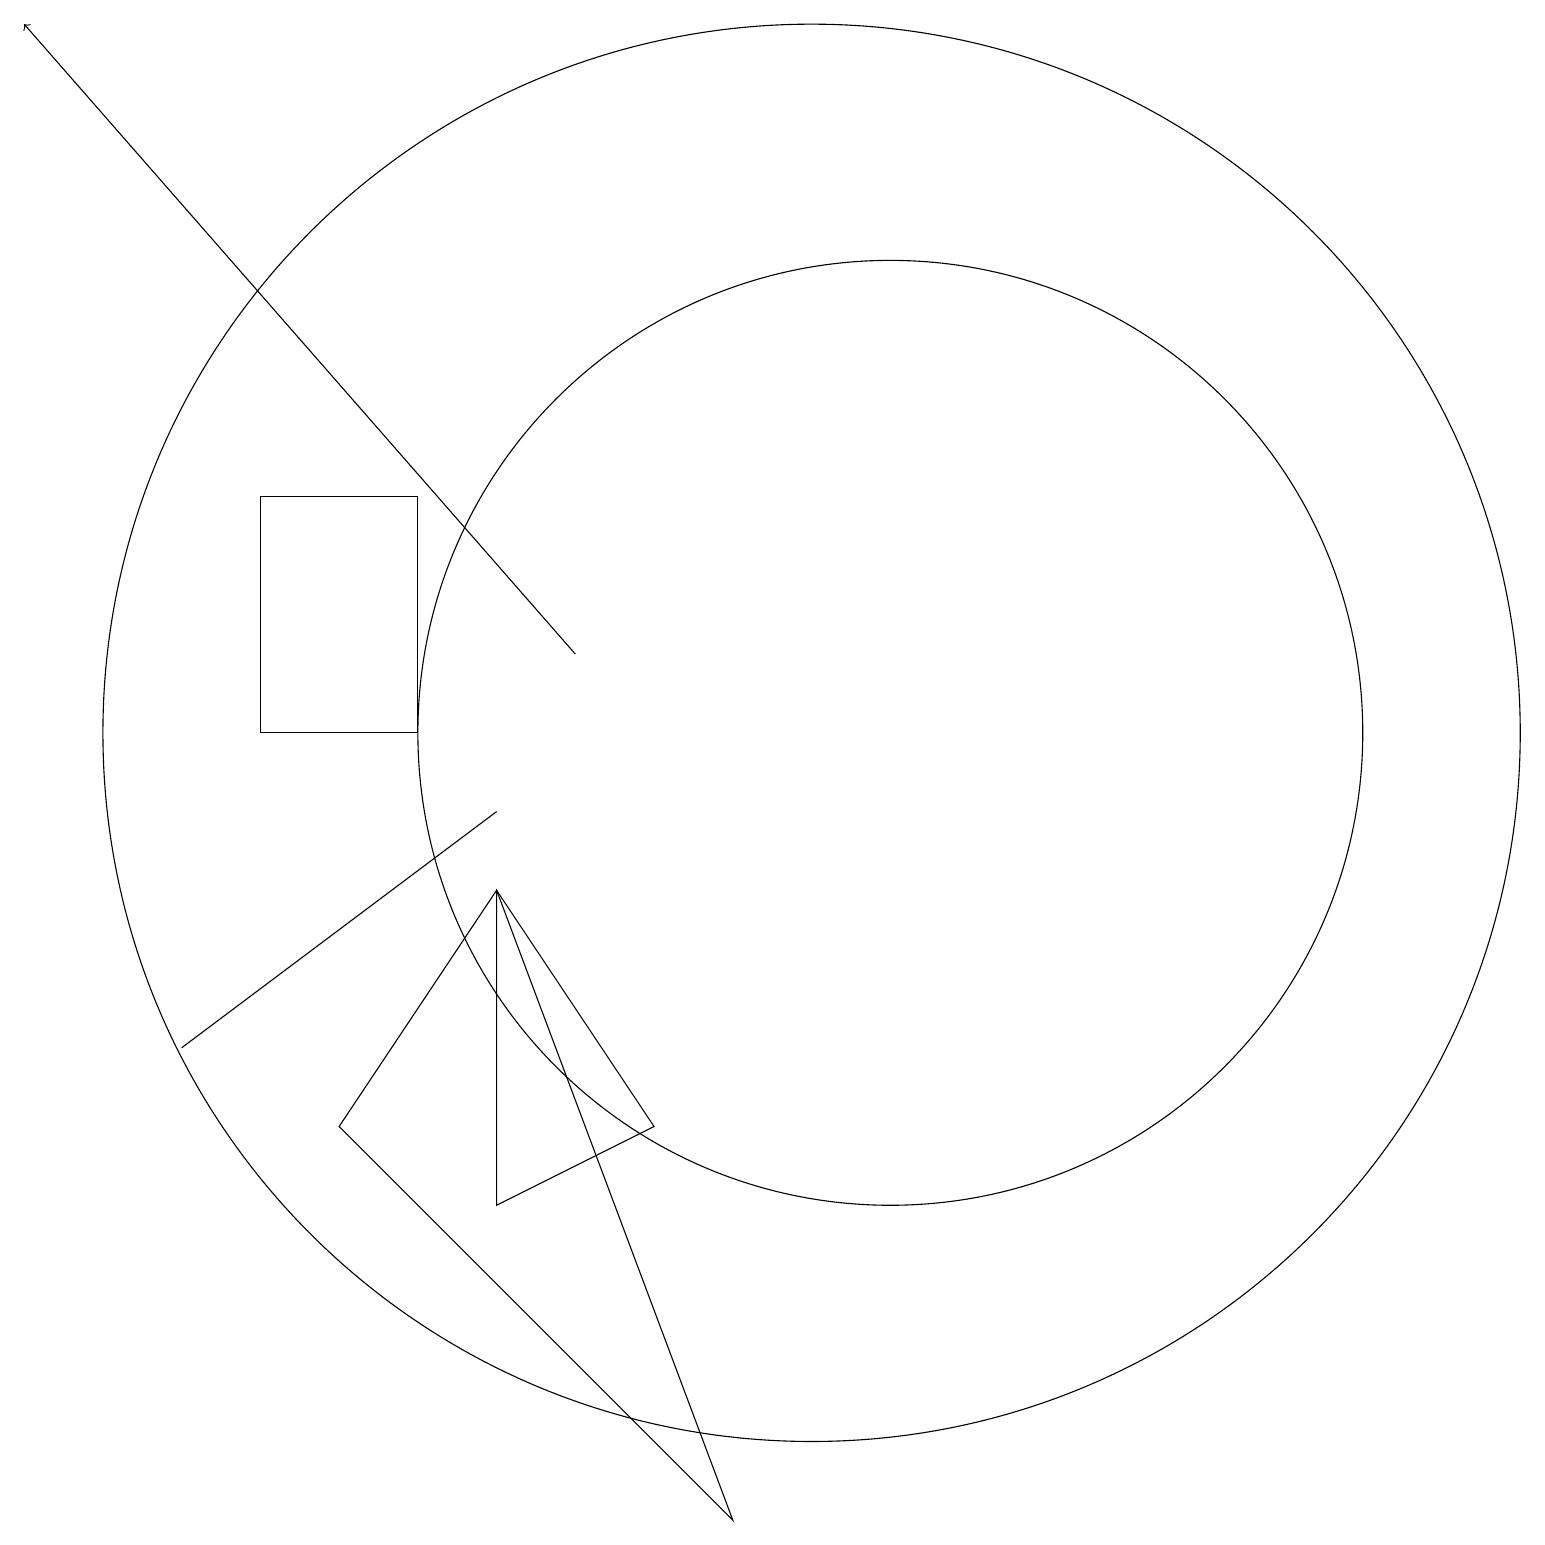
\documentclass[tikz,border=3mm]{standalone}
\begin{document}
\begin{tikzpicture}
\draw[->] (7,11) -- (0,19);
\draw (3,10) rectangle (5,13);
\draw (11,10) circle (6);
\draw (2,6) -- (6,9) -- (6,9) -- cycle;
\draw (10,10) circle (9);
\draw (6,4) -- (8,5) -- (6,8) -- cycle;
\draw (4,5) -- (6,8) -- (9,0) -- cycle;
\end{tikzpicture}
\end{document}